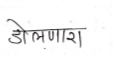
मजकूर: डोलणारा